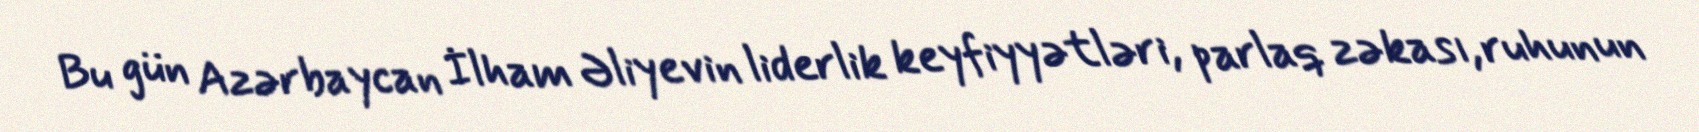
Bu gün Azərbaycan İlham Əliyevin liderlik keyfiyyətləri, parlaq zəkası, ruhunun